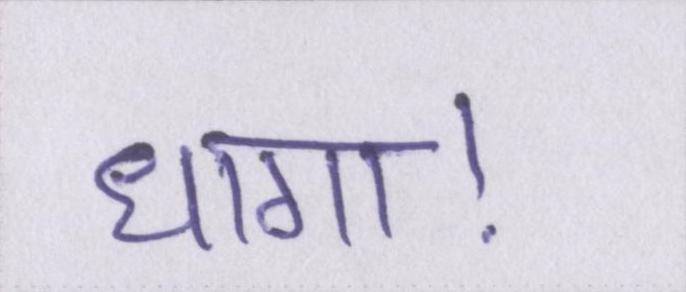
धागा।